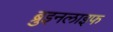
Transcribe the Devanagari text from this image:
ब्रुइनलाइफ